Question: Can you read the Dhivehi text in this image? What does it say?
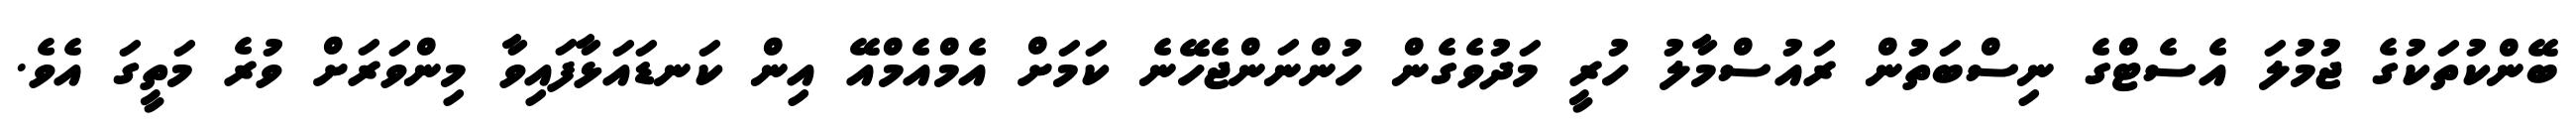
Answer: ބޭންކުތަކުގެ ޖުމުލަ އެސެޓްގެ ނިސްބަތުން ރައުސްމާލު ހުރީ މަދުވެގެން ހުންނަންޖެހޭނެ ކަމަށް އެމްއެމްއޭ އިން ކަނޑައަޅާފައިވާ މިންވަރަށް ވުރެ މަތީގަ އެވެ.